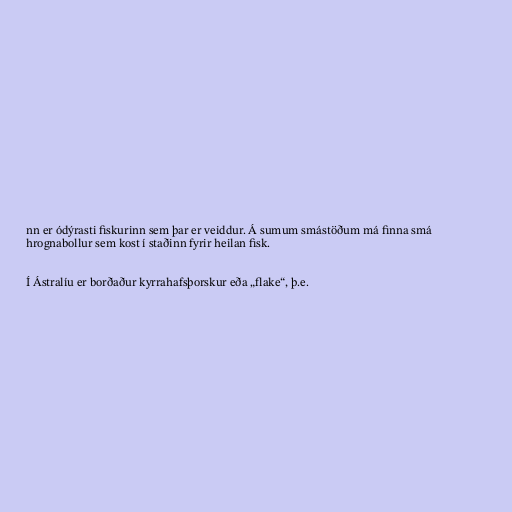
nn er ódýrasti fiskurinn sem þar er veiddur. Á sumum smástöðum má finna smá
hrognabollur sem kost í staðinn fyrir heilan fisk.

Í Ástralíu er borðaður kyrrahafsþorskur eða „flake“, þ.e.